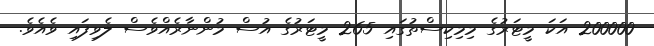
200000 އަކަ މީޓަރުގެ މިމިކިސްތުގައި 265 މީޓަރުގެ އުސް މުންނާރެއްވެސް ލެވިފައި ވެއެވެ.